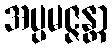
အပ္ပမဇ္ဇန္တာ